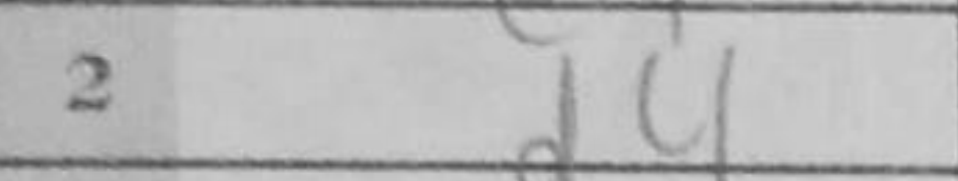
Transcription: d4